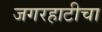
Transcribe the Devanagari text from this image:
जगरहाटीचा